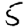
Digit: 5